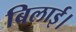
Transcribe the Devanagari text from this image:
बिलाई।